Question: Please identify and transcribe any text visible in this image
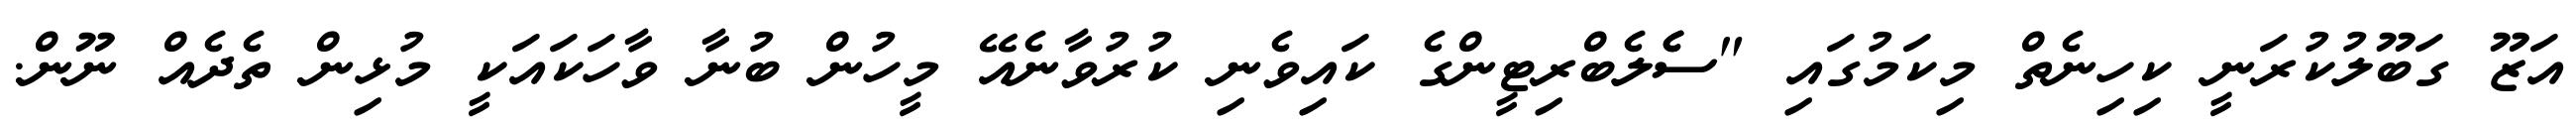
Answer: އަޒޫ ގަބޫލުކުރަނީ ކިހިނެތް މިކަމުގައި "ސެެލެބްރިޓީންގެ ކައިވެނި ކުރުވާނެއޭ މީހުން ބުނާ ވާހަކައަކީ މުޅިން ތެދެއް ނޫން.